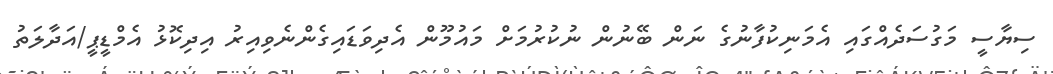
ސިޔާސީ މަގުސަދެއްގައި އެމަނިކުފާނުގެ ނަން ބޭނުން ނުކުރުމަށް މައުމޫން އެދިވަޑައިގެންނެވިއިރު އިދިކޮޅު އެމްޑީޕީ/އަދާލަތު